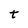
Character: t